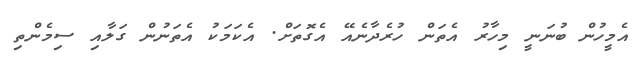
އެމީހުން ބުނަނީ މިހާރު އެތަން ހުރެދާނެއޭ އެގޮތަށް. އެކަމަކު އެތަނުން ގަލާއި ސިމެންތި